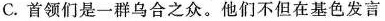
C.首领们是一群乌合之众。他们不但在基色发言